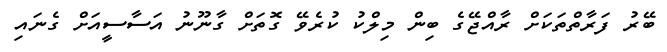
ބޭރު ފަރާތްތަކަށް ރާއްޖޭގެ ބިން މިލްކު ކުރެވޭ ގޮތަށް ގާނޫނު އަސާސީއަށް ގެނައި